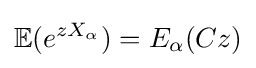
\mathbb {E} (e^{zX_{\alpha }})=E_{\alpha }(Cz)